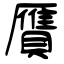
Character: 贋